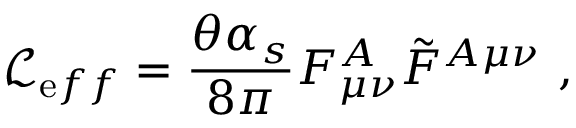
{ \mathcal L } _ { { \mathrm e f f } } = \frac { \theta \alpha _ { s } } { 8 \pi } F _ { \mu \nu } ^ { A } \tilde { F } ^ { A \mu \nu } ~ ,